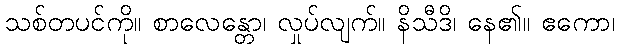
သစ်တပင်ကို။ စာလေန္တော၊ လှုပ်လျက်။ နိသီဒိ၊ နေ၏။ ဧကော၊